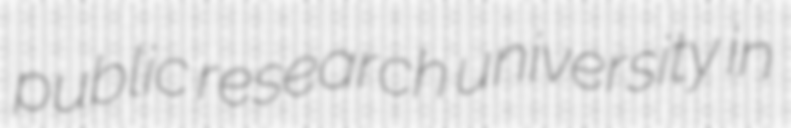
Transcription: public research university in